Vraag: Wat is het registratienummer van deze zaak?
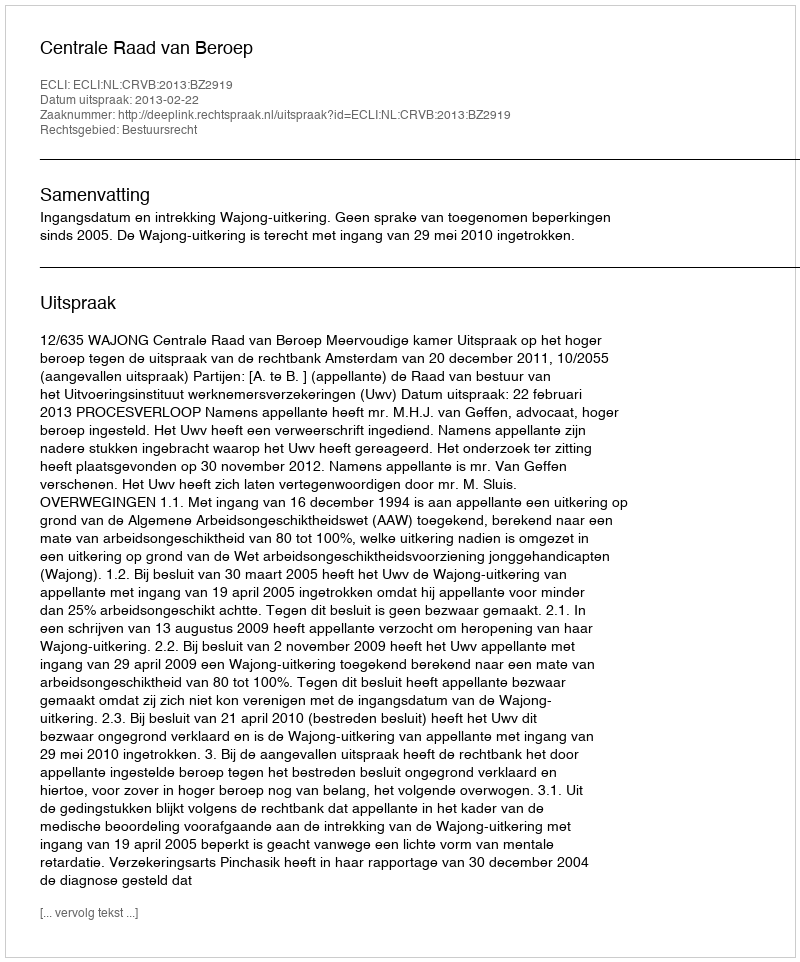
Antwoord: http://deeplink.rechtspraak.nl/uitspraak?id=ECLI:NL:CRVB:2013:BZ2919